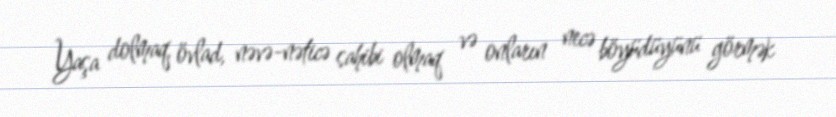
Yaşa dolmaq, övlad, nəvə-nəticə sahibi olmaq və onların necə böyüdüyünü görmək